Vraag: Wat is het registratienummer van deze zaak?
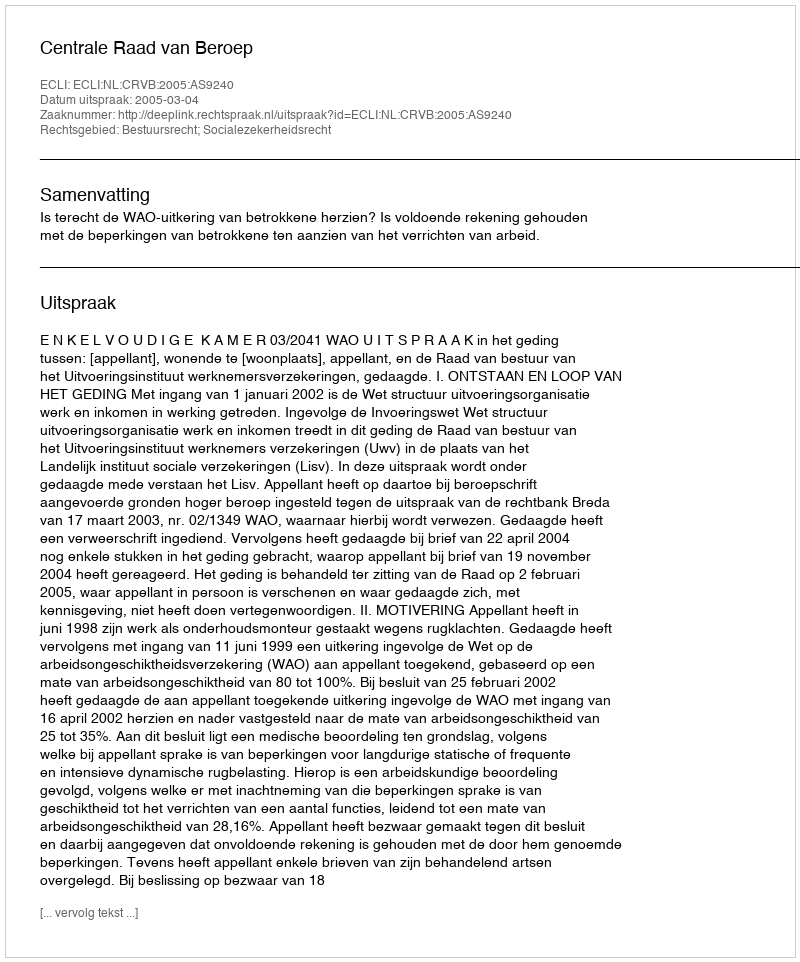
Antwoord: http://deeplink.rechtspraak.nl/uitspraak?id=ECLI:NL:CRVB:2005:AS9240